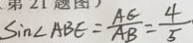
\sin \angle A B E = \frac { A E } { A B } = \frac { 4 } { 5 }